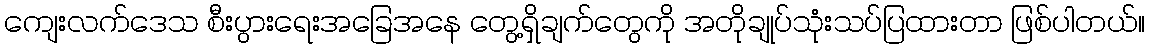
ကျေးလက်ဒေသ စီးပွားရေးအခြေအနေ တွေ့ရှိချက်တွေကို အတိုချုပ်သုံးသပ်ပြထားတာ ဖြစ်ပါတယ်။